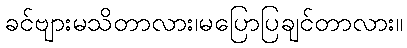
ခင်ဗျားမသိတာလား၊မပြောပြချင်တာလား။